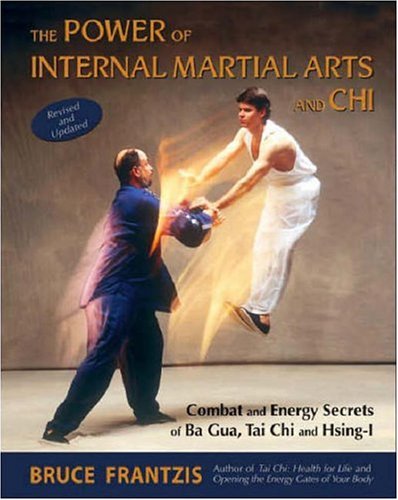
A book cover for The Power of Internal Martial Arts and Chi: Combat and Energy Secrets of Ba Gua, Tai Chi and Hsing-I; Bruce Frantzis; Health, Fitness & Dieting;